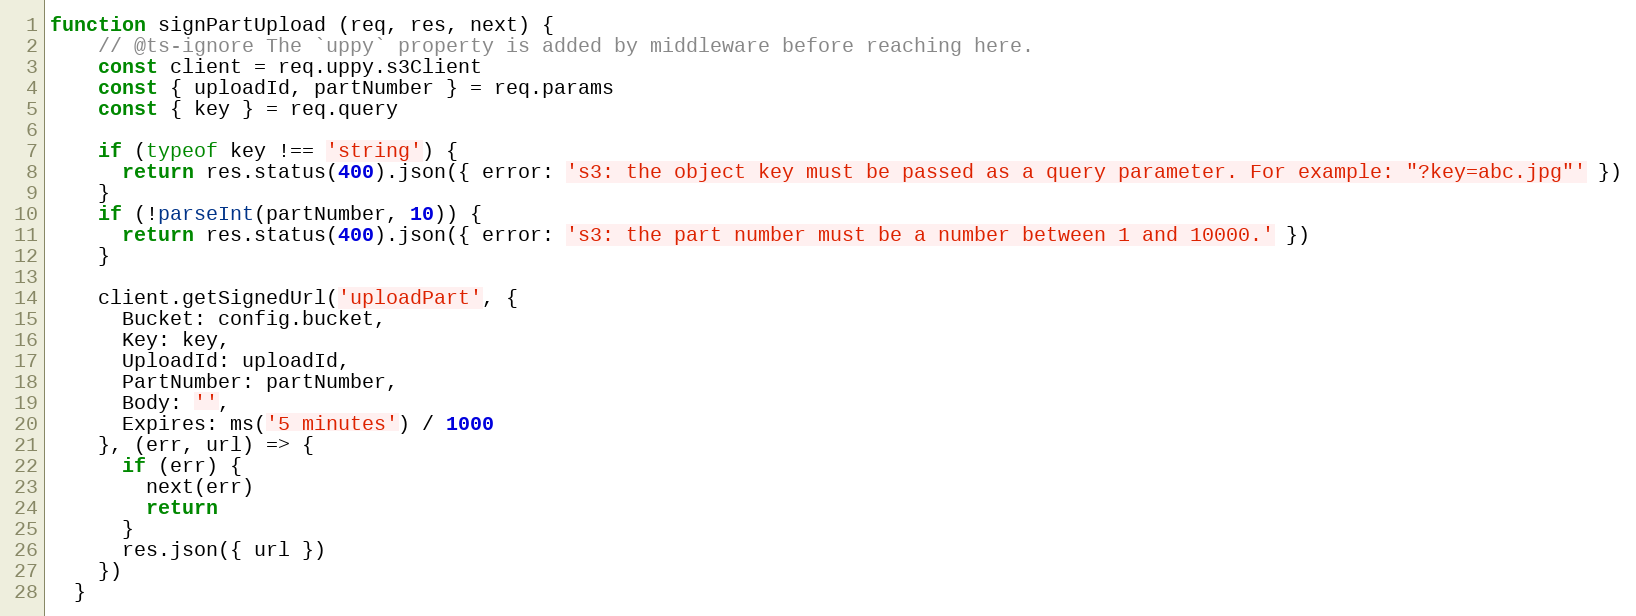
Language: JavaScript
function signPartUpload (req, res, next) {
    // @ts-ignore The `uppy` property is added by middleware before reaching here.
    const client = req.uppy.s3Client
    const { uploadId, partNumber } = req.params
    const { key } = req.query

    if (typeof key !== 'string') {
      return res.status(400).json({ error: 's3: the object key must be passed as a query parameter. For example: "?key=abc.jpg"' })
    }
    if (!parseInt(partNumber, 10)) {
      return res.status(400).json({ error: 's3: the part number must be a number between 1 and 10000.' })
    }

    client.getSignedUrl('uploadPart', {
      Bucket: config.bucket,
      Key: key,
      UploadId: uploadId,
      PartNumber: partNumber,
      Body: '',
      Expires: ms('5 minutes') / 1000
    }, (err, url) => {
      if (err) {
        next(err)
        return
      }
      res.json({ url })
    })
  }